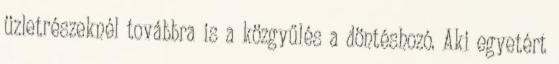
üzletrészeknél továbbra is a közgyűlés a döntéshozó. Aki egyetért